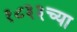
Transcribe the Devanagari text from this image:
१८३३च्या